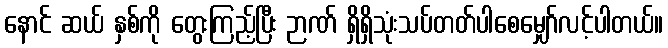
နောင် ဆယ် နှစ်ကို တွေးကြည့်ပြီး ဉာဏ် ရှိရှိသုံးသပ်တတ်ပါစေမျှော်လင့်ပါတယ်။